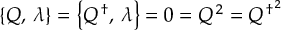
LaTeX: \Sigma = \xi ^ { 2 } \ , \ \ \xi = e ^ { \frac { i \pi } { F _ { \pi } } } \ , \ \ \pi = { \frac { 1 } { 2 } } \pi ^ { a } \tau ^ { a }